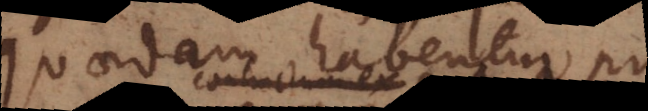
Quaedam habentur pro